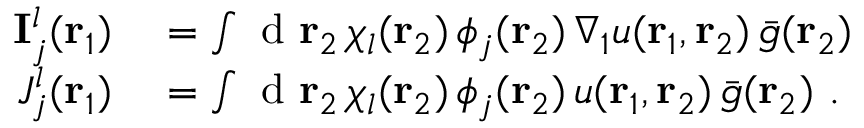
\begin{array} { r l } { \mathbf { I } _ { j } ^ { l } ( { \mathbf { r } _ { 1 } } ) } & { { } = \int \mathrm { ~ d ~ } { \mathbf { r } _ { 2 } } \, \chi _ { l } ( { \mathbf { r } _ { 2 } } ) \, \phi _ { j } ( { \mathbf { r } _ { 2 } } ) \, \nabla _ { 1 } u ( { \mathbf { r } _ { 1 } } , { \mathbf { r } _ { 2 } } ) \, \bar { g } ( { \mathbf { r } _ { 2 } } ) } \\ { J _ { j } ^ { l } ( { \mathbf { r } _ { 1 } } ) } & { { } = \int \mathrm { ~ d ~ } { \mathbf { r } _ { 2 } } \, \chi _ { l } ( { \mathbf { r } _ { 2 } } ) \, \phi _ { j } ( { \mathbf { r } _ { 2 } } ) \, u ( { \mathbf { r } _ { 1 } } , { \mathbf { r } _ { 2 } } ) \, \bar { g } ( { \mathbf { r } _ { 2 } } ) \mathrm { ~ . ~ } } \end{array}